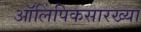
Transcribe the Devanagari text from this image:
ऑलिंपिकसारख्या